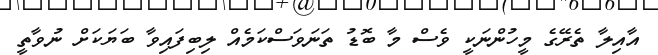
އާއިލާ ތެރޭގެ މީހުންނަކީ ވެސް މާ ބޮޑު ތަނަވަސްކަމެއް ލިބިފައިވާ ބަޔަކަށް ނުވާތީ